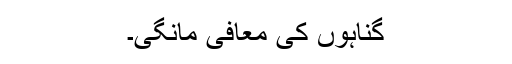
گناہوں کی معافی مانگی۔